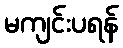
မကျင်းပရန်